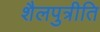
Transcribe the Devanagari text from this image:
शैलपुत्रीति